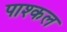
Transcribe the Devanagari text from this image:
पाश्कल